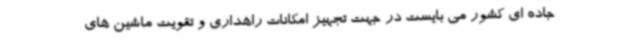
جاده ای کشور می بایست در جهت تجهیز امکانات راهداری و تقویت ماشین های